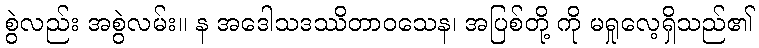
စွဲလည်း အစွဲလမ်း။ န အဒေါသဒဿိတာဝသေန၊ အပြစ်တို့ ကို မရှုလေ့ရှိသည်၏